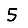
Digit: 5